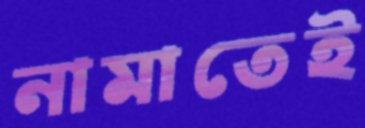
নামাতেই